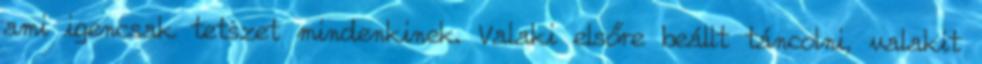
ami igencsak tetszet mindenkinek. Valaki elsőre beállt táncolni, valakit